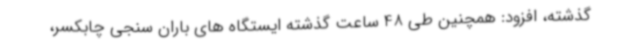
گذشته، افزود: همچنین طی 48 ساعت گذشته ایستگاه های باران سنجی چابکسر،